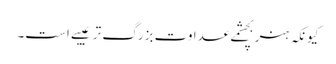
کیونکہ ہنر بچشمے عداوت بزرگ تر عیبے است۔